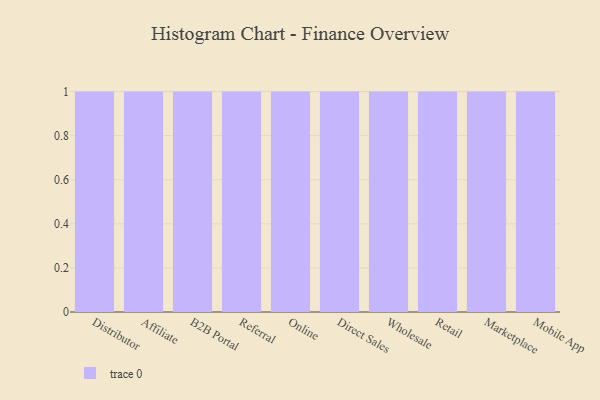
{"axis": {"x": "Channel", "y": "Population (Million)"}, "legend": [""], "data": [{"x": "Distributor", "y": 55, "type": ""}, {"x": "Affiliate", "y": 84, "type": ""}, {"x": "B2B Portal", "y": 55, "type": ""}, {"x": "Referral", "y": 64, "type": ""}, {"x": "Online", "y": 72, "type": ""}, {"x": "Direct Sales", "y": 87, "type": ""}, {"x": "Wholesale", "y": 36, "type": ""}, {"x": "Retail", "y": 19, "type": ""}, {"x": "Marketplace", "y": 40, "type": ""}, {"x": "Mobile App", "y": 67, "type": ""}]}